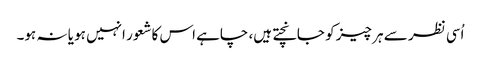
اُسی نظر سے ہر چیز کو جانچتے ہیں، چاہے اس کاشعور انہیں ہو یا نہ ہو۔